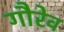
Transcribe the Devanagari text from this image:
गौरेव